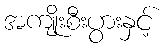
အကျိုးစီးပွားနှင့်